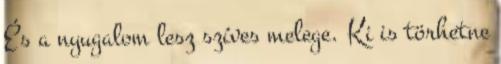
És a nyugalom lesz szíves melege. Ki is törhetne